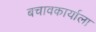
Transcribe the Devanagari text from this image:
बचावकार्याला